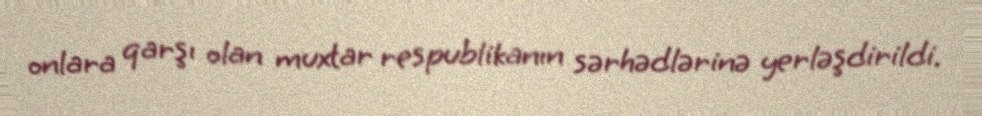
onlara qarşı olan muxtar respublikanın sərhədlərinə yerləşdirildi.